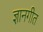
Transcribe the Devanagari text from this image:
ज्ञानगीत